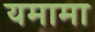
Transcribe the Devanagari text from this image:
यमामा